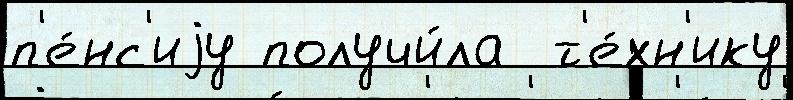
п'е́нс'иjу получи́ла  т'е́хн'ику